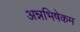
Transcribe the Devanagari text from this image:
अन्नभिषेकम